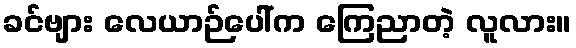
ခင်ဗျား လေယာဉ်ပေါ်က ကြေညာတဲ့ လူလား။